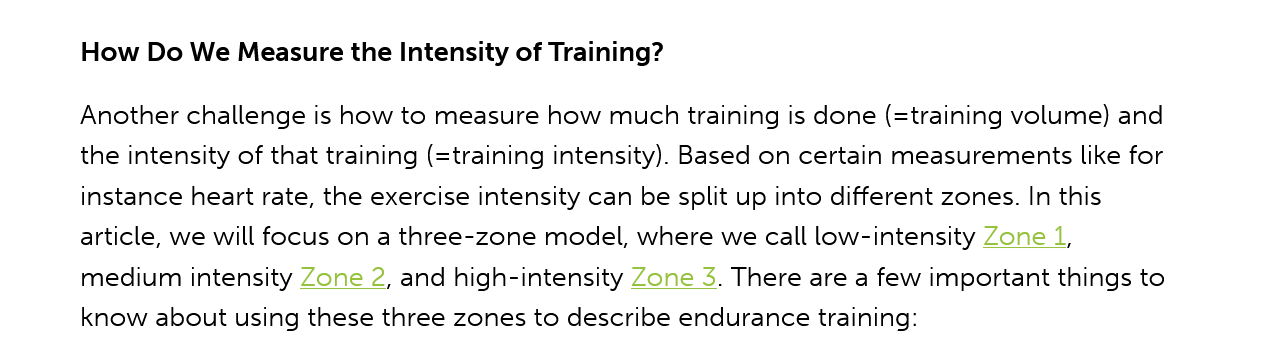
How  Do We Measure the Intensity of Training?
     Another challenge is how to measure how much training is done (=training volume) and
     the intensity of that training (=training intensity). Based on certain measurements like for
     instance heart rate, the exercise intensity can be split up into different zones. In this
     article, we will focus on a three-zone model, where we call low-intensity Zone 1,
     medium  intensity Zone 2, and high-intensity Zone 3. There are a few important things to
     know about using these three zones to describe endurance training: